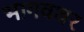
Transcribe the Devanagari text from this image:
भागवथर